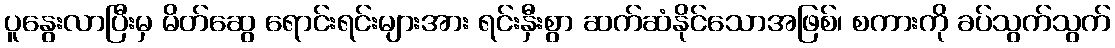
ပူနွေးလာပြီးမှ မိတ်ဆွေ ရောင်းရင်းများအား ရင်းနှီးစွာ ဆက်ဆံနိုင်သောအဖြစ်၊ စကားကို ခပ်သွက်သွက်